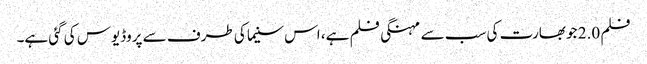
فلم 2.0 جو بھارت کی سب سے مہنگی فلم ہے، اس سنیما کی طرف سے پروڈیوس کی گئی ہے۔